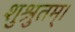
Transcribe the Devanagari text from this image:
शुश्रुतम्।